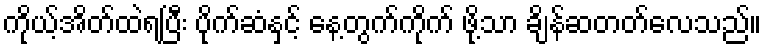
ကိုယ့်အိတ်ထဲရပြီး ပိုက်ဆံနှင့် နေ့တွက်ကိုက် ဖို့သာ ချိန်ဆတတ်လေသည်။